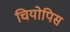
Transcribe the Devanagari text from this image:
चियोपिस